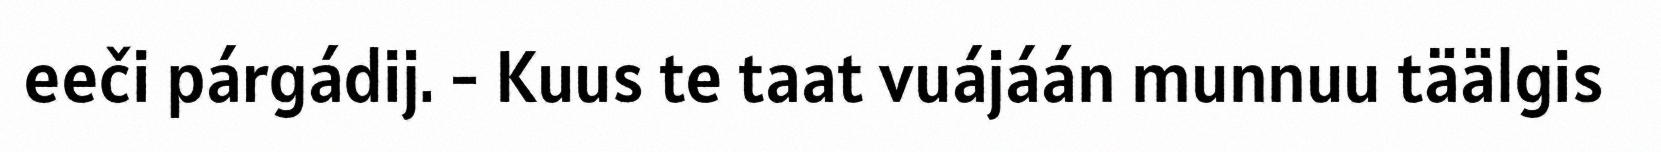
eeči párgádij. - Kuus te taat vuájáán munnuu täälgis